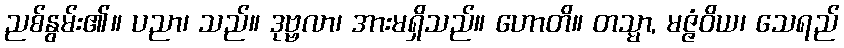
ညစ်နွမ်း၏။ ပညာ၊ သည်။ ဒုဗ္ဗလာ၊ အားမရှိသည်။ ဟောတိ။ တသ္မာ, မဇ္ဇံဝိယ၊ သေရည်